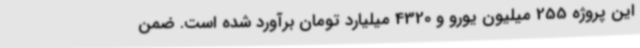
این پروژه 255 میلیون یورو و 4320 میلیارد تومان برآورد شده است. ضمن